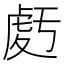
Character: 𧆶